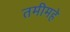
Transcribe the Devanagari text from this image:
तमीमहे